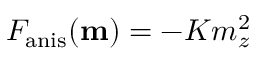
F _ { \mathrm { a n i s } } ( \mathbf { m } ) = - K m _ { z } ^ { 2 }